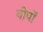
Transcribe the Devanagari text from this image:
नीपों